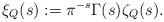
LaTeX: \begin{align*}\xi_Q(s) := \pi^{-s}\Gamma(s)\zeta_Q(s).\end{align*}